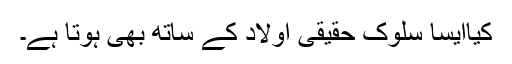
کیاایسا سلوک حقیقی اولاد کے ساتھ بھی ہوتا ہے۔